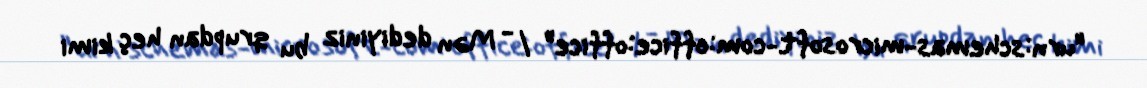
"urn:schemas-microsoft-com:office:office" / - Mən dediyiniz bu qrupdan heç kimi